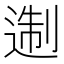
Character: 𨔈